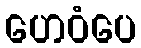
ဟေဝံပေ